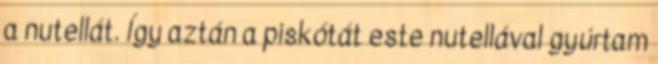
a nutellát. Így aztán a piskótát este nutellával gyúrtam